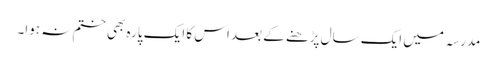
مدرسہ میں ایک سال پڑھنے کے بعد اس کا ایک پارہ بھی ختم نہ ہوا۔